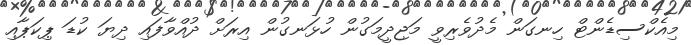
މިއެކްސިޑެންޓް ހިނގަން މެދުވެރިވީ މަޖިދީމަގުން ހުޅަނގުން އިރަށް ދުއްވާފައި ދިޔަ ކުޑަ ޕިކަޕާއި